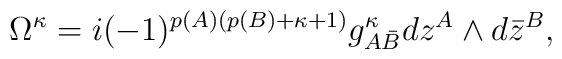
\Omega^{\kappa}=i(-1)^{p(A)(p(B)+\kappa+1)}g^\kappa_{A {\bar B}}           dz^A \wedge d{\bar z}^B,